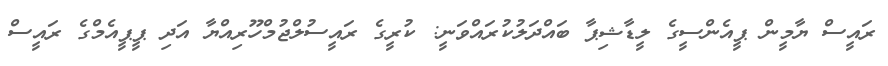
ރައީސް ޔާމީން ޕީއެންސީގެ ލީޑާޝިޕާ ބައްދަލުކުރައްވަނީ: ކުރީގެ ރައީސުލްޖުމްހޫރިއްޔާ އަދި ޕީޕީއެމްގެ ރައީސް